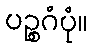
ပဉ္စဂံပုံ။